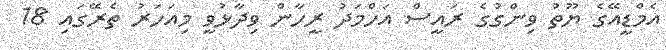
އެމްޑީއޭގެ ޔޫތު ވިންގުގެ ރައީސް އަހްމަދު ރީހާން ވިދާޅުވީ މިއަހަރު ތެރޭގައި 18